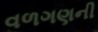
વળગણની